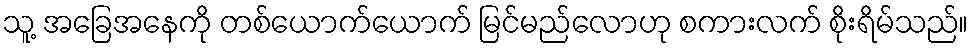
သူ့ အခြေအနေကို တစ်ယောက်ယောက် မြင်မည်လောဟု စကားလက် စိုးရိမ်သည်။